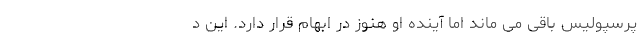
پرسپولیس باقی می ماند اما آینده او هنوز در ابهام قرار دارد. این د